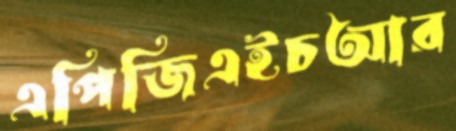
এপিজিএইচআর